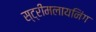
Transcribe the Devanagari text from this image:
स्ट्रीमलायनिंग